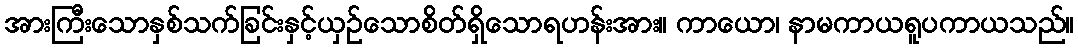
အားကြီးသောနှစ်သက်ခြင်းနှင့်ယှဉ်သောစိတ်ရှိသောရဟန်းအား။ ကာယော၊ နာမကာယရူပကာယသည်။